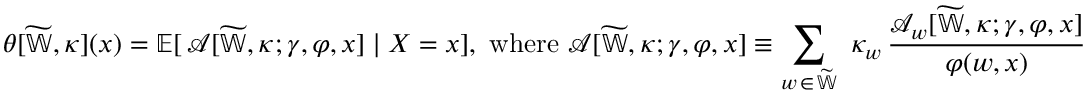
\theta [ \widetilde { \mathbb { W } } , \kappa ] ( x ) = \mathbb { E } [ \, \mathcal { A } [ \widetilde { \mathbb { W } } , \kappa ; \gamma , \varphi , x ] \mid X = x ] , \mathrm { ~ w h e r e ~ } \mathcal { A } [ \widetilde { \mathbb { W } } , \kappa ; \gamma , \varphi , x ] \equiv \sum _ { w \, \in \, \widetilde { \mathbb { W } } } \, \, \kappa _ { w } \, \frac { \mathcal { A } _ { w } [ \widetilde { \mathbb { W } } , \kappa ; \gamma , \varphi , x ] } { \varphi ( w , x ) }